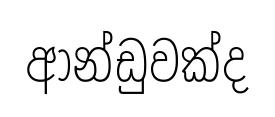
ආන්ඩුවක්ද